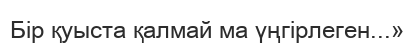
Бір қуыста қалмай ма үңгірлеген...»